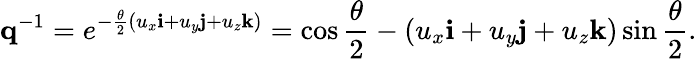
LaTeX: \mathbf{q}^{-1}=e^{-{\frac{\theta}{2}}{(u_{x}\mathbf{i}+u_{y}\mathbf{j}+u_{z}\mathbf{k})}}=\cos{\frac{\theta}{2}}-(u_{x}\mathbf{i}+u_{y}\mathbf{j}+u_{z}\mathbf{k})\sin{\frac{\theta}{2}}.